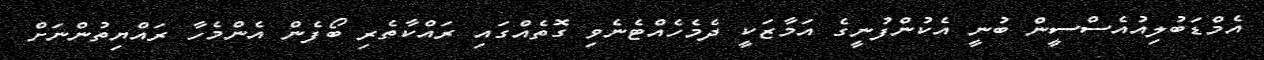
އެމްޑަބުލިއުއެސްސީން ބުނީ އެކުންފުނީގެ އަމާޒަކީ ދެމެހެއްޓެނެވި ގޮތެއްގައި ރައްކާތެރި ބޯފެން އެންމެހާ ރައްޔިތުންނަށް